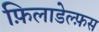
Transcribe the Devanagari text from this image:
फ़िलाडेल्फ़स